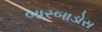
બારબાડોસ